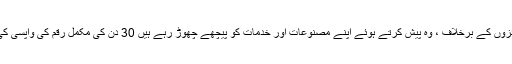
منفی جائزوں کے برخلاف ، وہ پیش کرتے ہوئے اپنے مصنوعات اور خدمات کو پیچھے چھوڑ رہے ہیں 30 دن کی مکمل رقم کی واپسی کی پالیسی۔